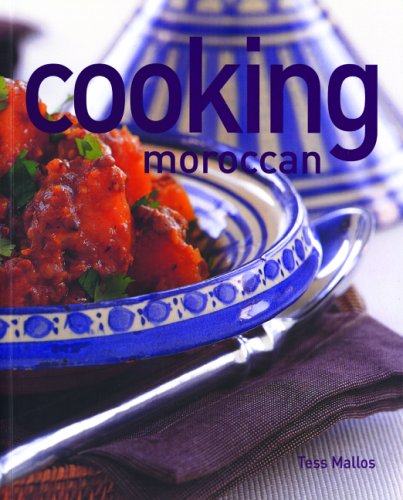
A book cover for Cooking Moroccan (Thunder Bay Cooking); Tess Mallos; Cookbooks, Food & Wine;